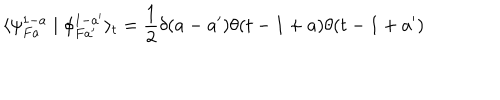
\langle \psi _ { F a } ^ { 1 - a } \mid \phi _ { F a ^ { \prime } } ^ { 1 - a ^ { \prime } } \rangle _ { t } = \frac { 1 } { 2 } \delta ( a - a ^ { \prime } ) \theta ( t - 1 + a ) \theta ( t - 1 + a ^ { \prime } )